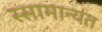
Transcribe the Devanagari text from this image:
स्सामान्यत